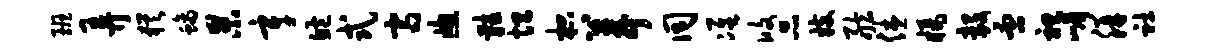
班弄犹螭杲辛鲍式齐窗鞋坦枳葺同准攸品妓舷休橘毅否袒嵋胼社